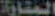
المنارات